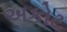
અકોટ